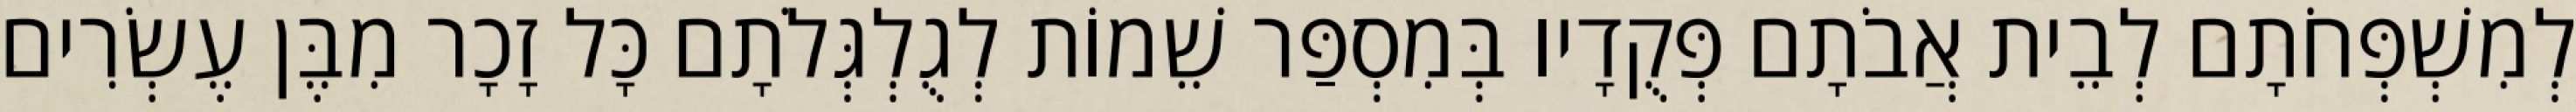
לְמִשְׁפְּחֹתָם לְבֵית אֲבֹתָם פְּקֻדָיו בְּמִסְפַּר שֵׁמוֹת לְגֻלְגְּלֹתָם כָּל זָכָר מִבֶּן עֶשְׂרִים